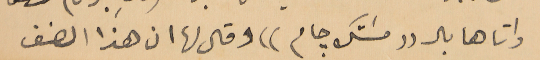
واتاها بال (( مسَتك جام)) وقال لها ان هذا الصنف